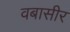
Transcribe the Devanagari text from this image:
वबासीर